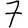
Digit: 7